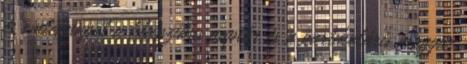
és emléknapot a klasszikus naptár és a partikuláris magyar